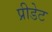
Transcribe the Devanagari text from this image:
प्रीडेट